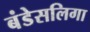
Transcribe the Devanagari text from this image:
बंडेसलिगा